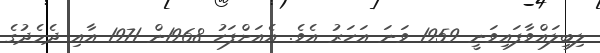
ލިބިލައްވާފައިވަނީ 1959 ވަނަ އަހަރު އެވެ. އެއަށްފަހު 1968ން 1971 އާއި ދެމެދުގެ